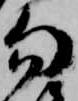
勿